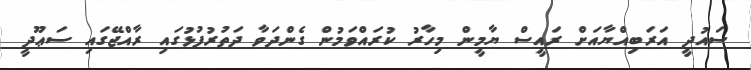
ސައުދީ އަރަބިއްޔާއަށް ރައީސް ޔާމީން މިހާރު ކުރައްވަމުން ގެންދަވާ ދަތުރުފުޅުގައި ރާއްޖޭގައި ސަޢޫދީ